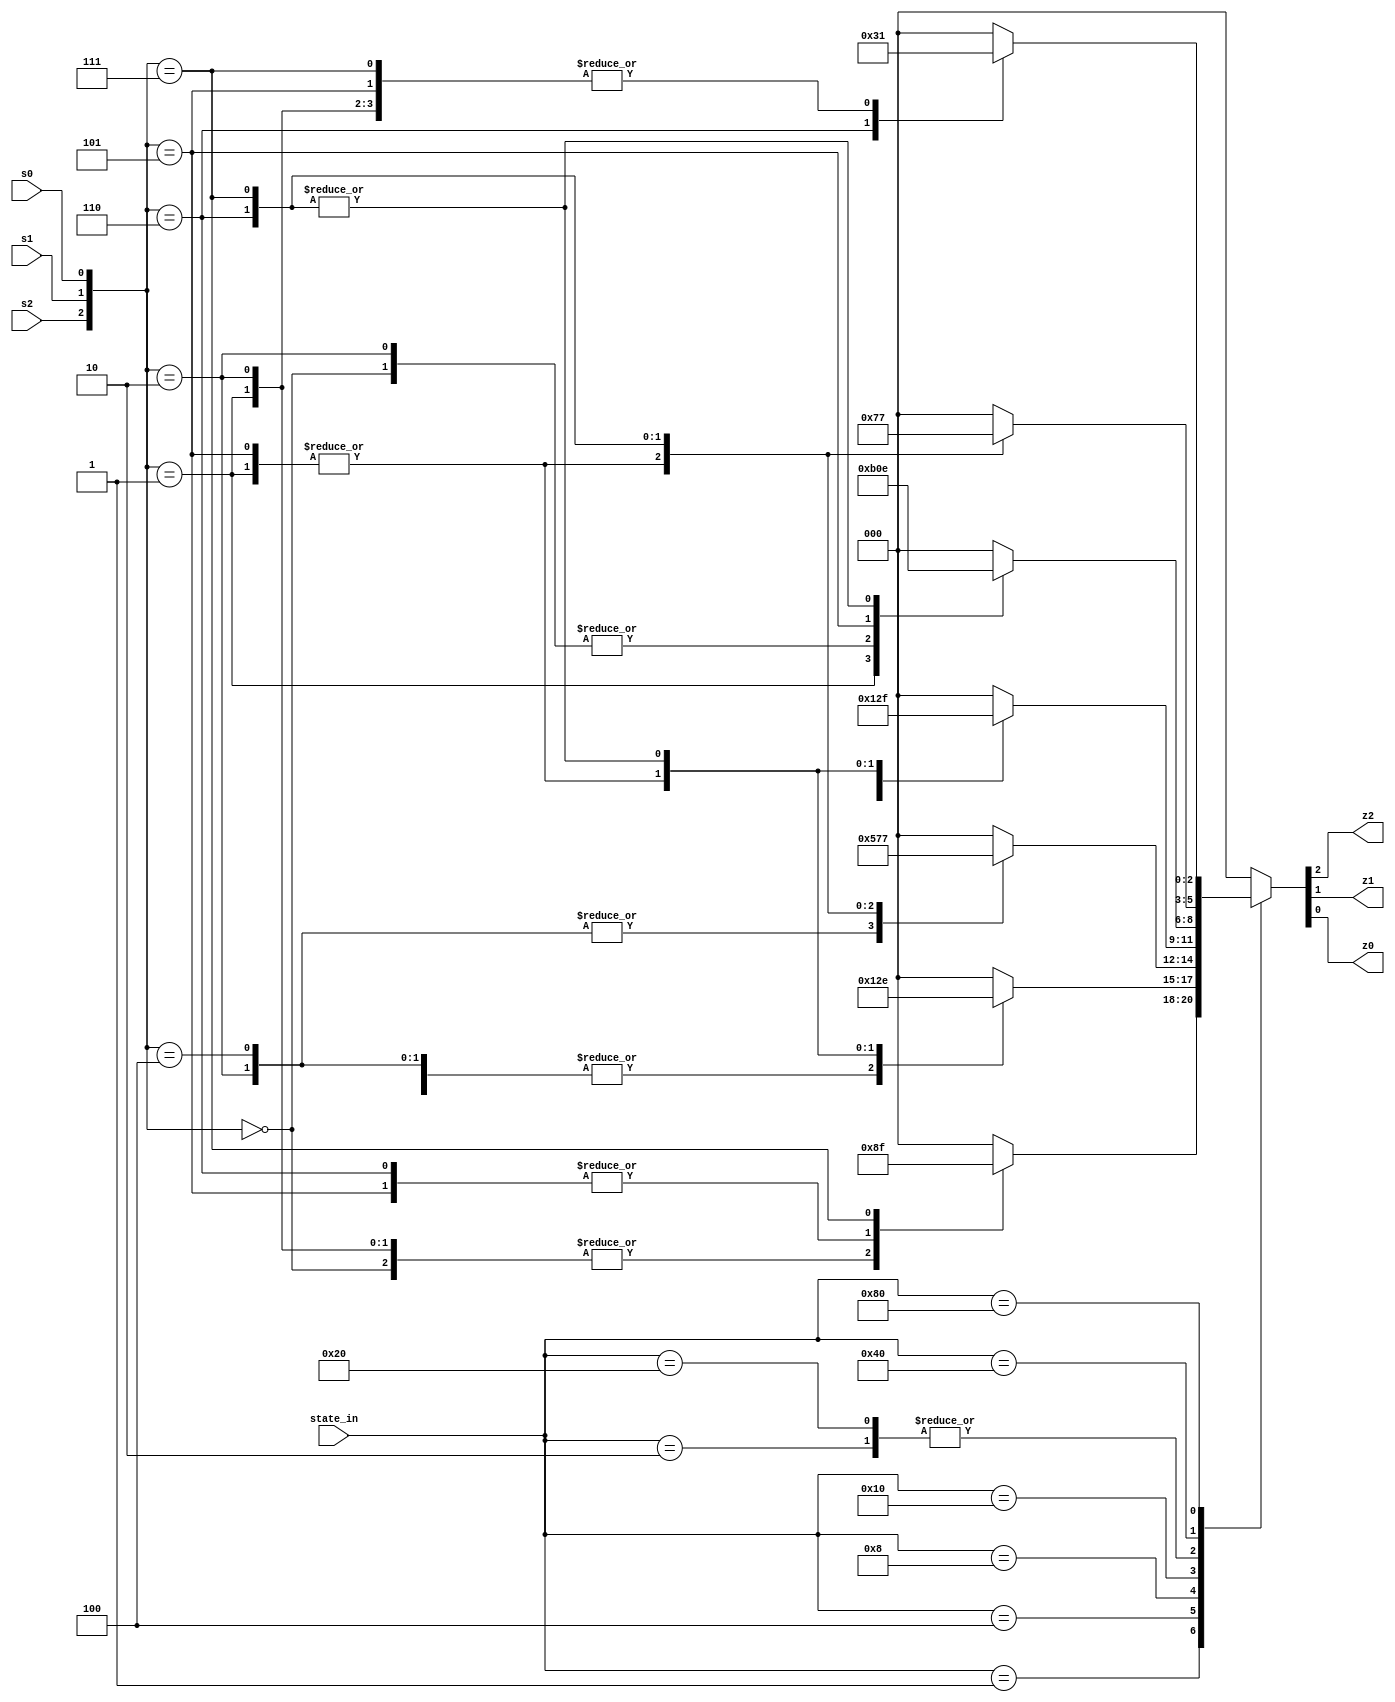
`default_nettype none
module new_symbol_PROJECT_ID(
    input [7:0] state_in,
    input s2,
    input s1,
    input s0,
    output z2,
    output z1,
    output z0
);

wire a,b,c,d,e,f,g,h;

wire [2:0] sym_in;
assign sym_in = {s2, s1, s0};

reg [2:0] new_symbol;

always @(*) begin
    new_symbol = 3'b000;
    /* verilator lint_off CASEINCOMPLETE */
    case (state_in)
        8'h01: begin
            case (sym_in)
            3'b000: begin
                new_symbol = 3'b010;
            end
            3'b001: begin
                new_symbol = 3'b010;
            end
            3'b010: begin
                new_symbol = 3'b010;
            end
            3'b100: begin
                new_symbol = 3'b000;
            end
            3'b101: begin
                new_symbol = 3'b001;
            end
            3'b110: begin
                new_symbol = 3'b001;
            end
            3'b111: begin
                new_symbol = 3'b111;
            end
            endcase
        end
        8'h02: begin
            case (sym_in)
            3'b000: begin
                new_symbol = 3'b100;
            end
            3'b001: begin
                new_symbol = 3'b101;
            end
            3'b010: begin
                new_symbol = 3'b100;
            end
            3'b100: begin
                new_symbol = 3'b000;
            end
            3'b101: begin
                new_symbol = 3'b001;
            end
            3'b110: begin
                new_symbol = 3'b110;
            end
            3'b111: begin
                new_symbol = 3'b110;
            end
            endcase
        end
        8'h04: begin
            case (sym_in)
            3'b000: begin
                new_symbol = 3'b100;
            end
            3'b001: begin
                new_symbol = 3'b101;
            end
            3'b010: begin
                new_symbol = 3'b100;
            end
            3'b100: begin
                new_symbol = 3'b100;
            end
            3'b101: begin
                new_symbol = 3'b101;
            end
            3'b110: begin
                new_symbol = 3'b110;
            end
            3'b111: begin
                new_symbol = 3'b110;
            end
            endcase
        end
        8'h08: begin
            case (sym_in)
            3'b000: begin
                new_symbol = 3'b000;
            end
            3'b001: begin
                new_symbol = 3'b101;
            end
            3'b010: begin
                new_symbol = 3'b010;
            end
            3'b100: begin
                new_symbol = 3'b010;
            end
            3'b101: begin
                new_symbol = 3'b101;
            end
            3'b110: begin
                new_symbol = 3'b110;
            end
            3'b111: begin
                new_symbol = 3'b111;
            end
            endcase
        end
        8'h10: begin
            case (sym_in)
            3'b000: begin
                new_symbol = 3'b000;
            end
            3'b001: begin
                new_symbol = 3'b101;
            end
            3'b010: begin
                new_symbol = 3'b100;
            end
            3'b100: begin
                new_symbol = 3'b100;
            end
            3'b101: begin
                new_symbol = 3'b101;
            end
            3'b110: begin
                new_symbol = 3'b111;
            end
            3'b111: begin
                new_symbol = 3'b111;
            end
            endcase
        end
        8'h20: begin
            case (sym_in)
            3'b000: begin
                new_symbol = 3'b100;
            end
            3'b001: begin
                new_symbol = 3'b101;
            end
            3'b010: begin
                new_symbol = 3'b100;
            end
            3'b100: begin
                new_symbol = 3'b000;
            end
            3'b101: begin
                new_symbol = 3'b001;
            end
            3'b110: begin
                new_symbol = 3'b110;
            end
            3'b111: begin
                new_symbol = 3'b110;
            end
            endcase
        end
        8'h40: begin
            case (sym_in)
            3'b000: begin
                new_symbol = 3'b000;
            end
            3'b001: begin
                new_symbol = 3'b001;
            end
            3'b010: begin
                new_symbol = 3'b000;
            end
            3'b100: begin
                new_symbol = 3'b000;
            end
            3'b101: begin
                new_symbol = 3'b001;
            end
            3'b110: begin
                new_symbol = 3'b110;
            end
            3'b111: begin
                new_symbol = 3'b111;
            end
            endcase
        end
        8'h80: begin
            case (sym_in)
            3'b000: begin
                new_symbol = 3'b000;
            end
            3'b001: begin
                new_symbol = 3'b001;
            end
            3'b010: begin
                new_symbol = 3'b001;
            end
            3'b100: begin
                new_symbol = 3'b000;
            end
            3'b101: begin
                new_symbol = 3'b001;
            end
            3'b110: begin
                new_symbol = 3'b110;
            end
            3'b111: begin
                new_symbol = 3'b001;
            end
            endcase
        end
    endcase
    /* verilator lint_on CASEINCOMPLETE */
end

assign z2 = new_symbol[2];
assign z1 = new_symbol[1];
assign z0 = new_symbol[0];

endmodule